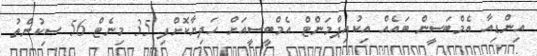
އިންޑިއާ އެމްބަސީން ބައެއް އިކުއިޕްމަންޓް އެމްބީސީއަށް ހަދިޔާކޮށްފި 35 މިނެޓް 56 ސިކުންތު